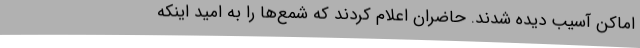
اماکن آسیب دیده شدند. حاضران اعلام کردند که شمع‌ها را به امید اینکه